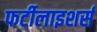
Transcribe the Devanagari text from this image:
फर्टीलाइशर्स